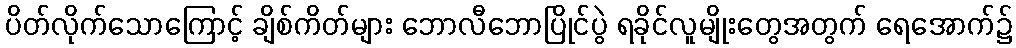
ပိတ်လိုက်သောကြောင့် ချိစ်ကိတ်များ ဘောလီဘောပြိုင်ပွဲ ရခိုင်လူမျိုးတွေအတွက် ရေအောက်၌